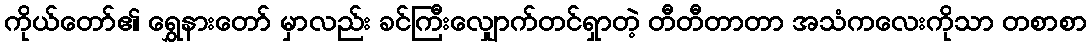
ကိုယ်တော်၏ ရွှေနားတော် မှာလည်း ခင်ကြီးလျှောက်တင်ရှာတဲ့ တီတီတာတာ အသံကလေးကိုသာ တစာစာ